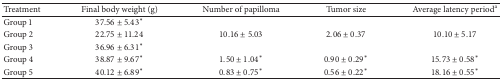
<table><thead><tr><td><b>Treatment</b></td><td><b>Final body weight (g)</b></td><td><b>Number of papilloma</b></td><td><b>Tumor size</b></td><td><b>Average latency period<sup>a</sup></b></td></tr></thead><tbody><tr><td>Group 1</td><td>37.56 ± 5.43*</td><td> </td><td> </td><td> </td></tr><tr><td>Group 2 </td><td>22.75 ± 11.24</td><td>10.16 ± 5.03</td><td>2.06 ± 0.37</td><td>10.10 ± 5.17</td></tr><tr><td>Group 3</td><td>36.96 ± 6.31*</td><td> </td><td> </td><td> </td></tr><tr><td>Group 4 </td><td>38.87 ± 9.67*</td><td>1.50 ± 1.04*</td><td>0.90 ± 0.29*</td><td>15.73 ± 0.58*</td></tr><tr><td>Group 5 </td><td>40.12 ± 6.89*</td><td>0.83 ± 0.75*</td><td>0.56 ± 0.22*</td><td>18.16 ± 0.55*</td></tr></tbody></table>